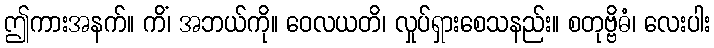
ဤကားအနက်။ ကိံ၊ အဘယ်ကို။ ဝေလယတိ၊ လှုပ်ရှားစေသနည်း။ စတုဗ္ဗိဓံ၊ လေးပါး